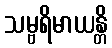
သမ္ဗရိမာယန္တိ